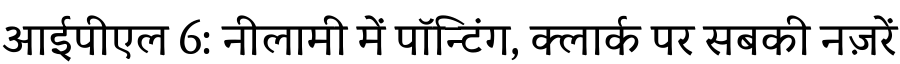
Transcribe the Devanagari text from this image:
आईपीएल 6: नीलामी में पॉन्टिंग, क्लार्क पर सबकी नज़रें